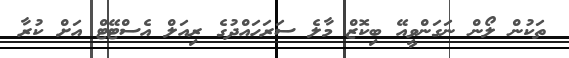
ތަކުން ލޯން ނަގަންވީއޭ ބިކޮޒް މާލެ ސަރަަހައްދުގެ ރިއަލް އެސްޓޭޓް އަށް ކުރާ